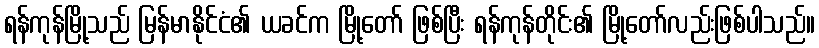
ရန်ကုန်မြို့သည် မြန်မာနိုင်ငံ၏ ယခင်က မြို့တော် ဖြစ်ပြီး ရန်ကုန်တိုင်း၏ မြို့တော်လည်းဖြစ်ပါသည်။